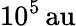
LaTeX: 10^{5}{\mathrm{\, au}}